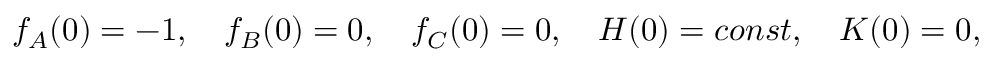
f _ { A } ( 0 ) = - 1 , \quad f _ { B } ( 0 ) = 0 , \quad f _ { C } ( 0 ) = 0 , \quad H ( 0 ) = c o n s t , \quad K ( 0 ) = 0 ,